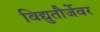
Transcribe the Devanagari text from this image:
विद्युतौर्जेवर